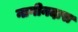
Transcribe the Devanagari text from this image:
नागीनदास